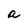
Character: a